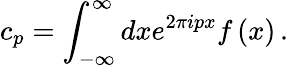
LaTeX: c_{p}=\int_{-\infty}^{\infty}dxe^{2\pi ipx}f\left(x\right)\, .